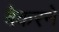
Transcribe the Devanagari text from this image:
बेकरने